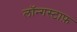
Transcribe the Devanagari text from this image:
लॉन्गस्टाफ़